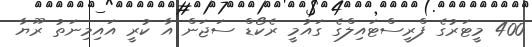
400 މީޓަރުގެ ފްރީސްޓައިލްގެ ގައުމީ ރެކޯޑް ސަޖަން އާ ކުރީ އައިމިނަތު ރޫޔާ